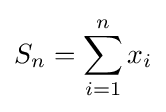
S_{n}=\sum _{i=1}^{n}x_{i}